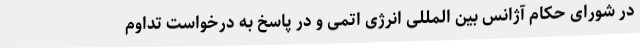
در شورای حکام آژانس بین المللی انرژی اتمی و در پاسخ به درخواست تداوم